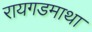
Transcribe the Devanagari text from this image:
रायगडमाथा